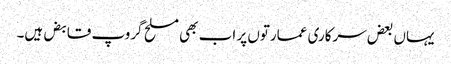
یہاں بعض سرکاری عمارتوں پر اب بھی مسلح گروپ قابض ہیں۔